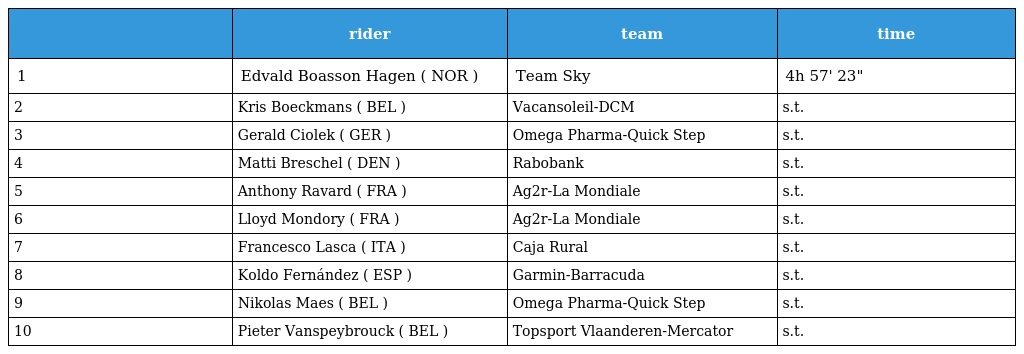
|  | rider | team | time |
 | --- | --- | --- | --- |
 | 1 | Edvald Boasson Hagen ( NOR ) | Team Sky | 4h 57' 23" |
 | 2 | Kris Boeckmans ( BEL ) | Vacansoleil-DCM | s.t. |
 | 3 | Gerald Ciolek ( GER ) | Omega Pharma-Quick Step | s.t. |
 | 4 | Matti Breschel ( DEN ) | Rabobank | s.t. |
 | 5 | Anthony Ravard ( FRA ) | Ag2r-La Mondiale | s.t. |
 | 6 | Lloyd Mondory ( FRA ) | Ag2r-La Mondiale | s.t. |
 | 7 | Francesco Lasca ( ITA ) | Caja Rural | s.t. |
 | 8 | Koldo Fernández ( ESP ) | Garmin-Barracuda | s.t. |
 | 9 | Nikolas Maes ( BEL ) | Omega Pharma-Quick Step | s.t. |
 | 10 | Pieter Vanspeybrouck ( BEL ) | Topsport Vlaanderen-Mercator | s.t. |